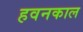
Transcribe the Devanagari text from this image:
हवनकाल